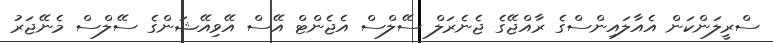
ސްރީލަންކަން އެއާލައިންސްގެ ރާއްޖޭގެ ޖެނެރަލް ސޭލްސް އެޖެންޓް އޭސް އޭވިއޭޝަންގެ ސޭލްސް މެނޭޖަރު